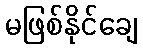
မဖြစ်နိုင်ချေ